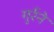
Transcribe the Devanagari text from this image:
गुर्रने